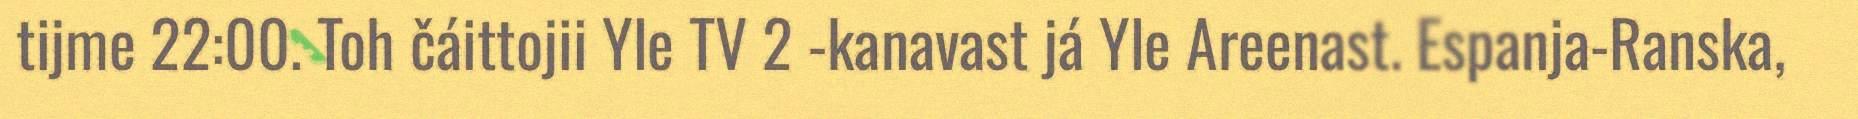
tijme 22:00. Toh čáittojii Yle TV 2 -kanavast já Yle Areenast. Espanja-Ranska,